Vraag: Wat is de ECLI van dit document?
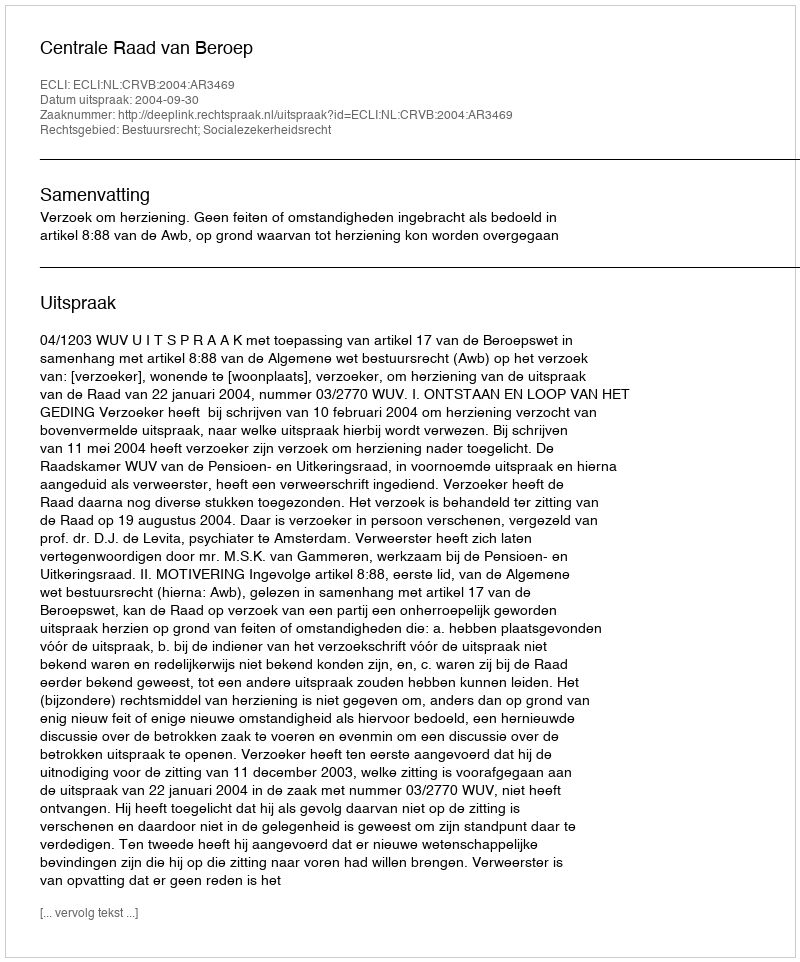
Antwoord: ECLI:NL:CRVB:2004:AR3469